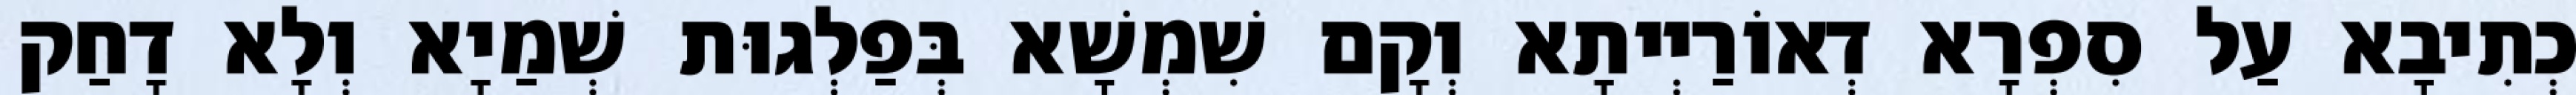
כְתִיבָא עַל סִפְרָא דְאוֹרַיְיתָא וְקָם שִׁמְשָׁא בְּפַלְגוּת שְׁמַיָא וְלָא דָחַק